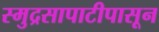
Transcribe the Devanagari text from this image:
स्मुद्रसापाटीपासून